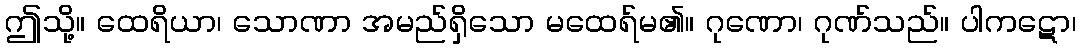
ဤသို့။ ထေရိယာ၊ သောဏာ အမည်ရှိသော မထေရ်မ၏။ ဂုဏော၊ ဂုဏ်သည်။ ပါကဋော၊